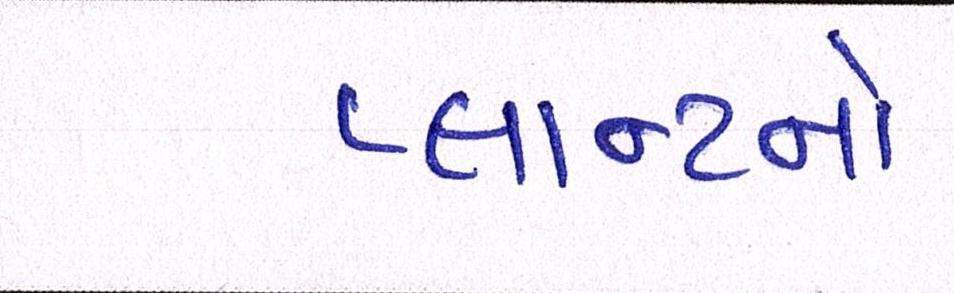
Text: પ્લાન્ટનો